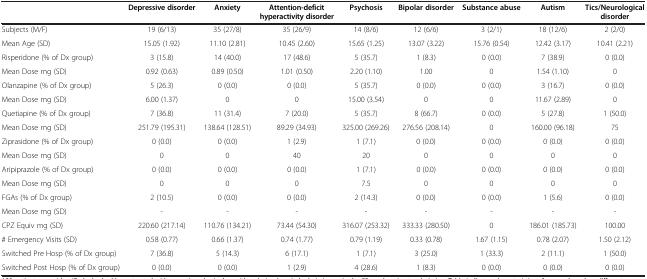
<table><thead><tr><td><b> </b></td><td><b>Depressive disorder</b></td><td><b>Anxiety</b></td><td><b>Attention-deficit hyperactivity disorder</b></td><td><b>Psychosis</b></td><td><b>Bipolar disorder</b></td><td><b>Substance abuse</b></td><td><b>Autism</b></td><td><b>Tics/Neurological disorder</b></td></tr></thead><tbody><tr><td>Subjects (M/F)</td><td>19 (6/13)</td><td>35 (27/8)</td><td>35 (26/9)</td><td>14 (8/6)</td><td>12 (6/6)</td><td>3 (2/1)</td><td>18 (12/6)</td><td>2 (2/0)</td></tr><tr><td>Mean Age (SD)</td><td>15.05 (1.92)</td><td>11.10 (2.81)</td><td>10.45 (2.60)</td><td>15.65 (1.25)</td><td>13.07 (3.22)</td><td>15.76 (0.54)</td><td>12.42 (3.17)</td><td>10.41 (2.21)</td></tr><tr><td>Risperidone (% of Dx group)</td><td>3 (15.8)</td><td>14 (40.0)</td><td>17 (48.6)</td><td>5 (35.7)</td><td>1 (8.3)</td><td>0 (0.0)</td><td>7 (38.9)</td><td>0 (0.0)</td></tr><tr><td>Mean Dose mg (SD)</td><td>0.92 (0.63)</td><td>0.89 (0.50)</td><td>1.01 (0.50)</td><td>2.20 (1.10)</td><td>1.00</td><td>0</td><td>1.54 (1.10)</td><td>0</td></tr><tr><td>Olanzapine (% of Dx group)</td><td>5 (26.3)</td><td>0 (0.0)</td><td>0 (0.0)</td><td>5 (35.7)</td><td>0 (0.0)</td><td>0 (0.0)</td><td>3 (16.7)</td><td>0 (0.0)</td></tr><tr><td>Mean Dose mg (SD)</td><td>6.00 (1.37)</td><td>0</td><td>0</td><td>15.00 (3.54)</td><td>0</td><td>0</td><td>11.67 (2.89)</td><td>0</td></tr><tr><td>Quetiapine (% of Dx group)</td><td>7 (36.8)</td><td>11 (31.4)</td><td>7 (20.0)</td><td>5 (35.7)</td><td>8 (66.7)</td><td>0 (0.0)</td><td>5 (27.8)</td><td>1 (50.0)</td></tr><tr><td>Mean Dose mg (SD)</td><td>251.79 (195.31)</td><td>138.64 (128.51)</td><td>89.29 (34.93)</td><td>325.00 (269.26)</td><td>276.56 (208.14)</td><td>0</td><td>160.00 (96.18)</td><td>75</td></tr><tr><td>Ziprasidone (% of Dx group)</td><td>0 (0.0)</td><td>0 (0.0)</td><td>1 (2.9)</td><td>1 (7.1)</td><td>0 (0.0)</td><td>0 (0.0)</td><td>0 (0.0)</td><td>0 (0.0)</td></tr><tr><td>Mean Dose mg (SD)</td><td>0</td><td>0</td><td>40</td><td>20</td><td>0</td><td>0</td><td>0</td><td>0</td></tr><tr><td>Aripiprazole (% of Dx group)</td><td>0 (0.0)</td><td>0 (0.0)</td><td>0 (0.0)</td><td>1 (7.1)</td><td>0 (0.0)</td><td>0 (0.0)</td><td>0 (0.0)</td><td>0 (0.0)</td></tr><tr><td>Mean Dose mg (SD)</td><td>0</td><td>0</td><td>0</td><td>7.5</td><td>0</td><td>0</td><td>0</td><td>0</td></tr><tr><td>FGAs (% of Dx group)</td><td>2 (10.5)</td><td>0 (0.0)</td><td>0 (0.0)</td><td>2 (14.3)</td><td>0 (0.0)</td><td>0 (0.0)</td><td>1 (5.6)</td><td>0 (0.0)</td></tr><tr><td>Mean Dose mg (SD)</td><td>-</td><td>-</td><td>-</td><td>-</td><td>-</td><td>-</td><td>-</td><td>-</td></tr><tr><td>CPZ Equiv mg (SD)</td><td>220.60 (217.14)</td><td>110.76 (134.21)</td><td>73.44 (54.30)</td><td>316.07 (253.32)</td><td>333.33 (280.50)</td><td>0</td><td>186.01 (185.73)</td><td>100.00</td></tr><tr><td># Emergency Visits (SD)</td><td>0.58 (0.77)</td><td>0.66 (1.37)</td><td>0.74 (1.77)</td><td>0.79 (1.19)</td><td>0.33 (0.78)</td><td>1.67 (1.15)</td><td>0.78 (2.07)</td><td>1.50 (2.12)</td></tr><tr><td>Switched Pre Hosp (% of Dx group)</td><td>7 (36.8)</td><td>5 (14.3)</td><td>6 (17.1)</td><td>1 (7.1)</td><td>3 (25.0)</td><td>1 (33.3)</td><td>2 (11.1)</td><td>1 (50.0)</td></tr><tr><td>Switched Post Hosp (% of Dx group)</td><td>0 (0.0)</td><td>0 (0.0)</td><td>1 (2.9)</td><td>4 (28.6)</td><td>1 (8.3)</td><td>0 (0.0)</td><td>0 (0.0)</td><td>0 (0.0)</td></tr></tbody></table>